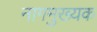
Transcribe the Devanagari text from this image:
नागमुख्यक